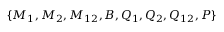
\{ M _ { 1 } , M _ { 2 } , M _ { 1 2 } , B , Q _ { 1 } , Q _ { 2 } , Q _ { 1 2 } , P \}